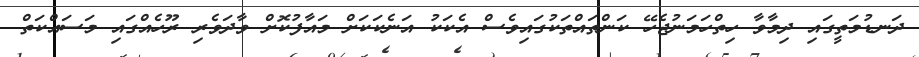
ދަނޑުމަތީގައި ދިމާވާ ހިތްހަމަނުޖެހޭ ކަންތައްތަކުގައިވެސް އެކަކު އަނެކަކަށް މައާފުކޮށް ވާދަވެރި ރޫހެއްގައި މަސައްކަތް